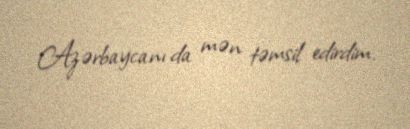
Azərbaycanı da mən təmsil edirdim.